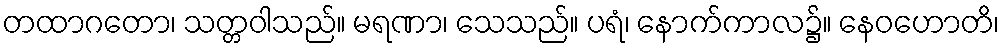
တထာဂတော၊ သတ္တဝါသည်။ မရဏာ၊ သေသည်။ ပရံ၊ နောက်ကာလ၌။ နေဝဟောတိ၊